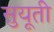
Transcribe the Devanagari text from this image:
सुयूती